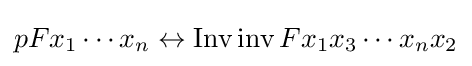
pFx_{1}\cdots x_{n}\leftrightarrow \operatorname {Inv} \operatorname {inv} Fx_{1}x_{3}\cdots x_{n}x_{2}